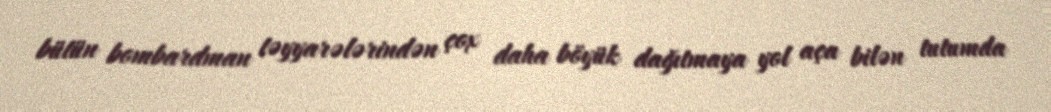
bütün bombardman təyyarələrindən çox daha böyük dağıtmaya yol aça bilən tutumda